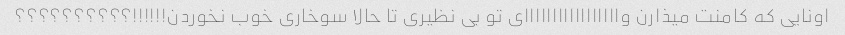
اونایی که کامنت میذارن وااااااااااااااااای تو بی نظیری تا حالا سوخاری خوب نخوردن!!!!!!؟؟؟؟؟؟؟؟؟؟